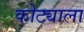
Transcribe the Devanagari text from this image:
कोट्याला